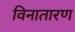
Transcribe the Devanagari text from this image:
विनातारण